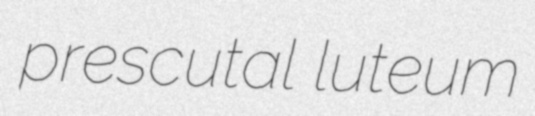
prescutal luteum